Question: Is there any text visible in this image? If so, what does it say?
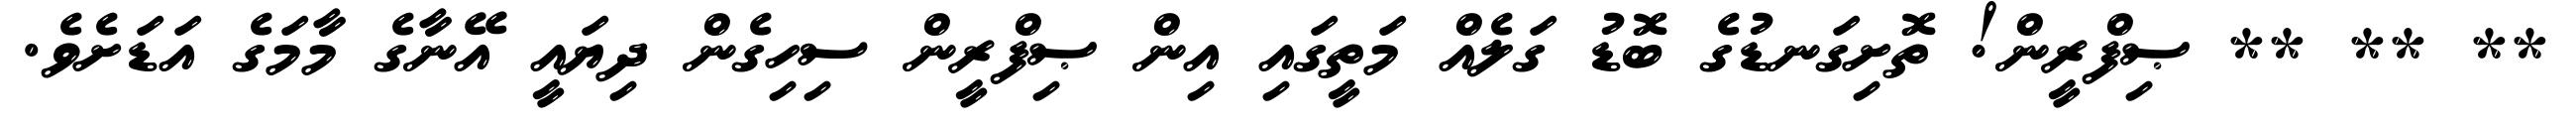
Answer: ** ** ** ޞިފްރީން! ތޮށިގަނޑުގެ ބޮޑު ގަލެއް މަތީގައި އިން ޞިފްރީން ސިހިގެން ދިޔައީ އޭނާގެ މާމަގެ އަޑަށެވެ.